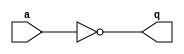
module ex5(q , a);
   output q;
   reg 	  q;
   input  a;
   initial q = 1;
   always @(a)
     q = ~a;
endmodule